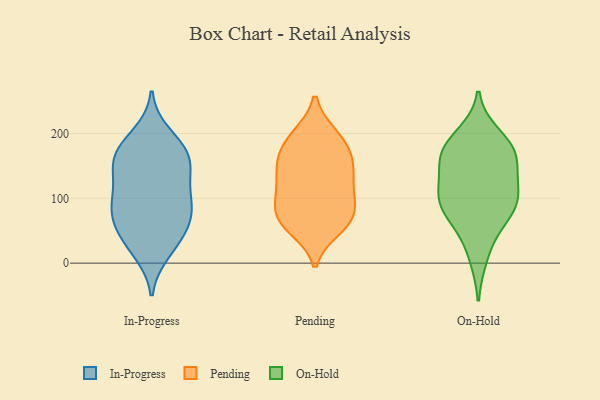
{"axis": {"x": "Bounce Rate (%)", "y": "Value"}, "legend": ["In-Progress", "On-Hold", "Pending"], "data": [{"x": "", "y": 89, "type": "In-Progress"}, {"x": "", "y": 143, "type": "In-Progress"}, {"x": "", "y": 147, "type": "In-Progress"}, {"x": "", "y": 17, "type": "In-Progress"}, {"x": "", "y": 169, "type": "In-Progress"}, {"x": "", "y": 166, "type": "In-Progress"}, {"x": "", "y": 109, "type": "In-Progress"}, {"x": "", "y": 62, "type": "In-Progress"}, {"x": "", "y": 130, "type": "In-Progress"}, {"x": "", "y": 170, "type": "In-Progress"}, {"x": "", "y": 78, "type": "In-Progress"}, {"x": "", "y": 33, "type": "In-Progress"}, {"x": "", "y": 95, "type": "In-Progress"}, {"x": "", "y": 60, "type": "In-Progress"}, {"x": "", "y": 81, "type": "In-Progress"}, {"x": "", "y": 198, "type": "In-Progress"}, {"x": "", "y": 178, "type": "In-Progress"}, {"x": "", "y": 32, "type": "In-Progress"}, {"x": "", "y": 67, "type": "Pending"}, {"x": "", "y": 117, "type": "Pending"}, {"x": "", "y": 103, "type": "Pending"}, {"x": "", "y": 106, "type": "Pending"}, {"x": "", "y": 195, "type": "Pending"}, {"x": "", "y": 154, "type": "Pending"}, {"x": "", "y": 73, "type": "Pending"}, {"x": "", "y": 155, "type": "Pending"}, {"x": "", "y": 63, "type": "Pending"}, {"x": "", "y": 54, "type": "Pending"}, {"x": "", "y": 197, "type": "Pending"}, {"x": "", "y": 190, "type": "Pending"}, {"x": "", "y": 62, "type": "Pending"}, {"x": "", "y": 93, "type": "Pending"}, {"x": "", "y": 140, "type": "Pending"}, {"x": "", "y": 144, "type": "Pending"}, {"x": "", "y": 169, "type": "Pending"}, {"x": "", "y": 96, "type": "On-Hold"}, {"x": "", "y": 103, "type": "On-Hold"}, {"x": "", "y": 105, "type": "On-Hold"}, {"x": "", "y": 85, "type": "On-Hold"}, {"x": "", "y": 170, "type": "On-Hold"}, {"x": "", "y": 197, "type": "On-Hold"}, {"x": "", "y": 54, "type": "On-Hold"}, {"x": "", "y": 176, "type": "On-Hold"}, {"x": "", "y": 165, "type": "On-Hold"}, {"x": "", "y": 77, "type": "On-Hold"}, {"x": "", "y": 121, "type": "On-Hold"}, {"x": "", "y": 174, "type": "On-Hold"}, {"x": "", "y": 10, "type": "On-Hold"}, {"x": "", "y": 148, "type": "On-Hold"}]}